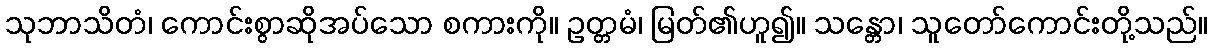
သုဘာသိတံ၊ ကောင်းစွာဆိုအပ်သော စကားကို။ ဥတ္တမံ၊ မြတ်၏ဟူ၍။ သန္တော၊ သူတော်ကောင်းတို့သည်။